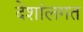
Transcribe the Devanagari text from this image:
देशांलगत